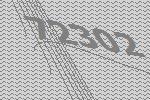
72302